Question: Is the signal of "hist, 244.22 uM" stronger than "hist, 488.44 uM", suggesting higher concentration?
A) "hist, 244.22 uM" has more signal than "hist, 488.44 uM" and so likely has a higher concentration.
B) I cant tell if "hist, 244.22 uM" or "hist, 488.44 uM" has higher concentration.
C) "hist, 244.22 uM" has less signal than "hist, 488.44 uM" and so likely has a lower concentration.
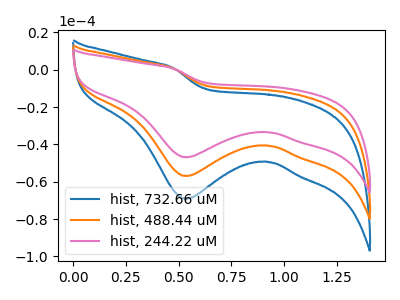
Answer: <think>The blue curve "hist, 732.66 uM" has a cathodic peak at: (0.55V, -113.80uA). The orange curve "hist, 488.44 uM" has a cathodic peak at: (0.55V, -56.90uA). The pink curve "hist, 244.22 uM" has a cathodic peak at: (0.55V, -46.85uA).
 All the peaks in "hist, 244.22 uM" have a peak in "hist, 488.44 uM" at the same potential. Every peak in "hist, 244.22 uM" is lower than every peak in "hist, 488.44 uM".</think>
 <answer>C) "hist, 244.22 uM" has less signal than "hist, 488.44 uM" and so likely has a lower concentration.</answer>
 <eval>C</eval>